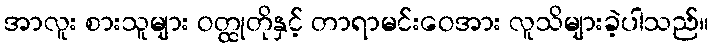
အာလူး စားသူများ ဝတ္ထုတိုနှင့် တာရာမင်းဝေအား လူသိများခဲ့ပါသည်။